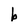
Character: b